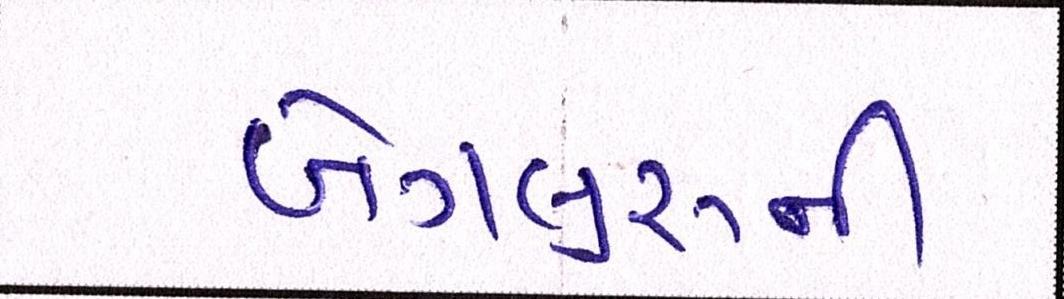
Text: બેંગલુરૂની